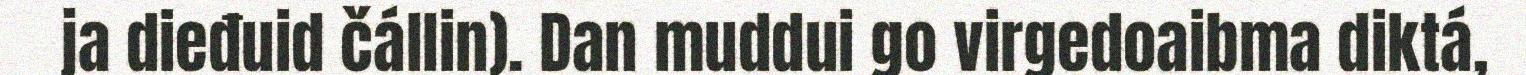
ja dieđuid čállin). Dan muddui go virgedoaibma diktá,